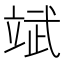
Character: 𮵨